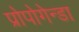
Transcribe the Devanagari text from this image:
प्रोपोगेन्डा